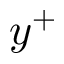
y ^ { + }